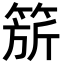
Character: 𬕗